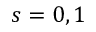
s = 0 , 1